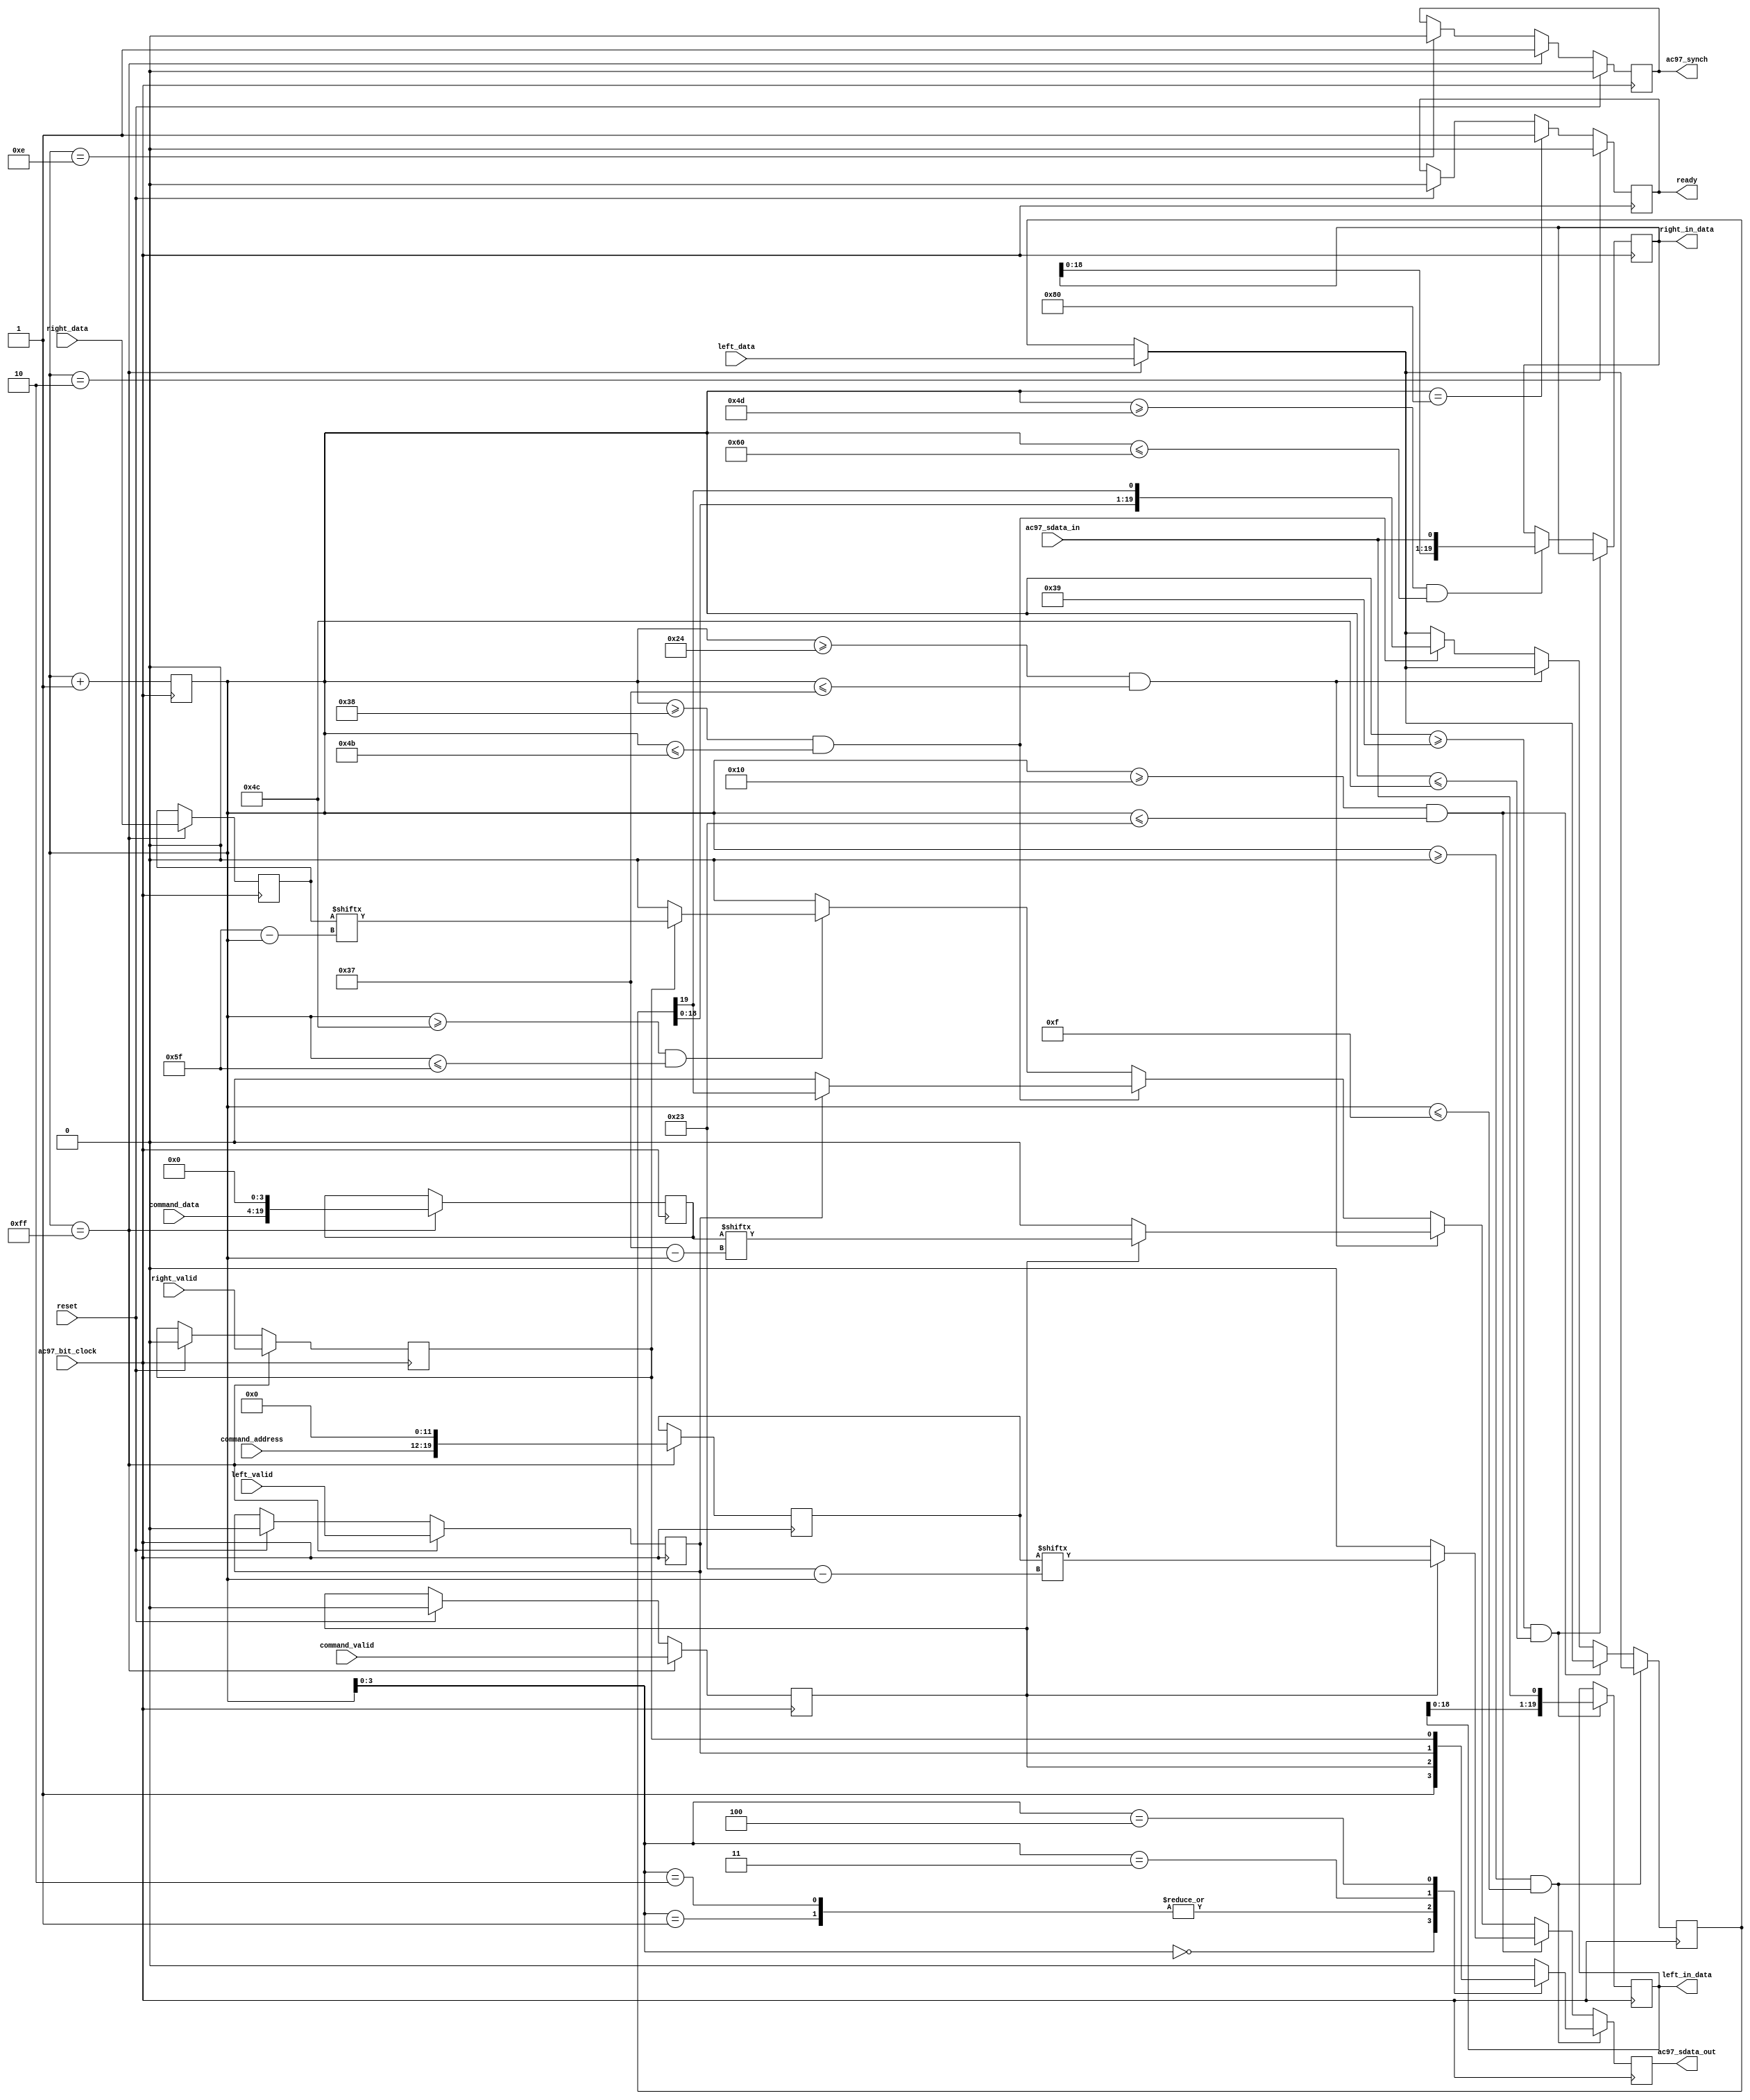
`timescale 1ns / 1ps
//////////////////////////////////////////////////////////////////////////////////
// Company: 
// Engineer: 
// 
// Design Name: 
// Module Name:    ac97 
// Project Name: 
// Target Devices: 
// Tool versions: 
// Description: 
//
// Dependencies: 
//
// Revision: 
// Revision 0.01 - File Created
// Additional Comments: 
//
//////////////////////////////////////////////////////////////////////////////////
module ac97 (ready,
             command_address, command_data, command_valid,
             left_data, left_valid,
             right_data, right_valid,
             left_in_data, right_in_data,
             ac97_sdata_out, ac97_sdata_in, ac97_synch, ac97_bit_clock, reset);

   output ready;
   input [7:0] command_address;
   input [15:0] command_data;
   input command_valid;
   input [19:0] left_data, right_data;
   input left_valid, right_valid;
	input reset;
   output [19:0] left_in_data, right_in_data;

   input ac97_sdata_in;
   input ac97_bit_clock;
   output ac97_sdata_out;
   output ac97_synch;

   reg ready;

   reg ac97_sdata_out;
   reg ac97_synch;

   reg [7:0] bit_count;

   reg [19:0] l_cmd_addr;
   reg [19:0] l_cmd_data;
   reg [19:0] l_left_data, l_right_data;
   reg l_cmd_v, l_left_v, l_right_v;
   reg [19:0] left_in_data, right_in_data;
	
   initial begin
      ready <= 1'b0;
      // synthesis attribute init of ready is "0";
      ac97_sdata_out <= 1'b0;
      // synthesis attribute init of ac97_sdata_out is "0";
      ac97_synch <= 1'b0;
      // synthesis attribute init of ac97_synch is "0";

      bit_count <= 8'h00;
      // synthesis attribute init of bit_count is "0000";
      l_cmd_v <= 1'b0;
      // synthesis attribute init of l_cmd_v is "0";
      l_left_v <= 1'b0;
      // synthesis attribute init of l_left_v is "0";
      l_right_v <= 1'b0;
      // synthesis attribute init of l_right_v is "0";

      left_in_data <= 20'h00000;
      // synthesis attribute init of left_in_data is "00000";
      right_in_data <= 20'h00000;
      // synthesis attribute init of right_in_data is "00000";
   end

   always @(posedge ac97_bit_clock) begin
      // Generate the sync signal 
		if(bit_count == 14) // was 15
			ac97_synch <= 1'b0;
		if(bit_count == 255) 
			ac97_synch <= 1'b1;
			
		if (reset) begin
			ready <= 1'b0;
			ac97_sdata_out <= 1'b0;
			ac97_synch <= 1'b0;
			bit_count <= 8'h00;
			l_cmd_v <= 1'b0;
			l_left_v <= 1'b0;
			l_right_v <= 1'b0;
		end
		
      // Generate the ready signal
      if (bit_count == 128)
        ready <= 1'b1;
      if (bit_count == 2)
        ready <= 1'b0;

      // Latch user data at the end of each frame. This ensures that the
      // first frame after reset will be empty.
      if (bit_count == 255)
        begin
           l_cmd_addr <= {command_address, 12'h000};
           l_cmd_data <= {command_data, 4'h0};
           l_cmd_v <= command_valid;
           l_left_data <= left_data;
           l_left_v <= left_valid;
           l_right_data <= right_data;
           l_right_v <= right_valid;
        end

      if ((bit_count >= 0) && (bit_count <= 15))
        // Slot 0: Tags
        case (bit_count[3:0])
          4'h0: ac97_sdata_out <= 1'b1;      // Frame valid
          4'h1: ac97_sdata_out <= l_cmd_v;   // Command address valid
          4'h2: ac97_sdata_out <= l_cmd_v;   // Command data valid
          4'h3: ac97_sdata_out <= l_left_v;  // Left data valid
	       4'h4: ac97_sdata_out <= l_right_v; // Right data valid
          default: ac97_sdata_out <= 1'b0;
        endcase

      else if ((bit_count >= 16) && (bit_count <= 35))
        // Slot 1: Command address (8-bits, left justified)
        ac97_sdata_out <= l_cmd_v ? l_cmd_addr[35-bit_count] : 1'b0;

      else if ((bit_count >= 36) && (bit_count <= 55))
        // Slot 2: Command data (16-bits, left justified)
        ac97_sdata_out <= l_cmd_v ? l_cmd_data[55-bit_count] : 1'b0;	// was 51 - bit_count

      else if ((bit_count >= 56) && (bit_count <= 75))
        begin
           // Slot 3: Left channel
           ac97_sdata_out <= l_left_v ? l_left_data[19] : 1'b0;
           l_left_data <= { l_left_data[18:0], l_left_data[19] };
        end
      else if ((bit_count >= 76) && (bit_count <= 95))
        // Slot 4: Right channel
           ac97_sdata_out <= l_right_v ? l_right_data[95-bit_count] : 1'b0;
      else
        ac97_sdata_out <= 1'b0;

      bit_count <= bit_count+1;

   end // always @ (posedge ac97_bit_clock)

   always @(negedge ac97_bit_clock) begin
      if ((bit_count >= 57) && (bit_count <= 76)) begin
        // Slot 3: Left channel		
        left_in_data = {left_in_data[18:0], ac97_sdata_in};
		end
      else if ((bit_count >= 77) && (bit_count <= 96)) begin
        // Slot 4: Right channel
		right_in_data = {right_in_data[18:0], ac97_sdata_in};
		end
        
   end

endmodule